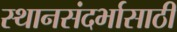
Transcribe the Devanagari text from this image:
स्थानसंदर्भासाठी